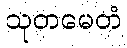
သုတမေတံ